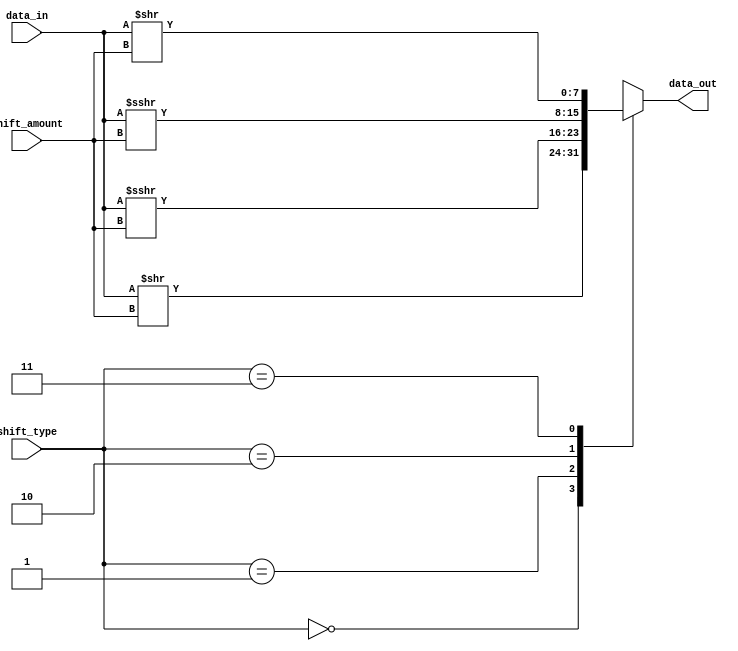
module BarrelShifter(input [7:0] data_in,
                      input [2:0] shift_amount,
                      input [1:0] shift_type,
                      output reg [7:0] data_out);

   always @*
   begin
      case(shift_type)
         2'b00: data_out = data_in >> shift_amount; // Logical right shift
         2'b01: data_out = data_in >>> shift_amount; // Logical left shift
         2'b10: data_out = $signed(data_in) >>> shift_amount; // Arithmetic right shift with sign extension
         2'b11: data_out = $signed(data_in) >> shift_amount; // Arithmetic left shift with sign extension
         default: data_out = 8'b0; // Default case
      endcase
   end

endmodule